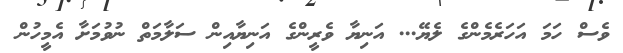
ވެސް ހަމަ އަހަރެމެންގެ ލެޔޭ... އަނިޔާ ވެރީންގެ އަނިޔާއިން ސަލާމަތް ނުވުމަށާ އެމީހުން